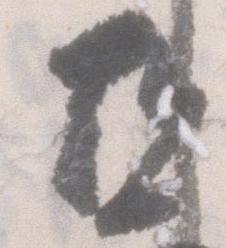
亜